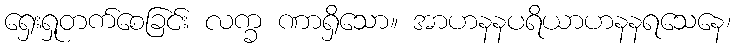
ရှေးရှုတက်စေခြင်း လက္ခ ဏာရှိသော။ အာဟနနပရိယာဟနနရသေနေ၊